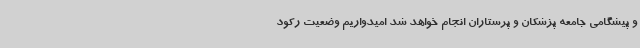
و پیشگامی جامعه پزشکان و پرستاران انجام خواهد شد امیدواریم وضعیت رکود